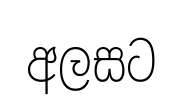
අලසට